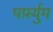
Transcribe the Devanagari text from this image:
पर्फ़्युम